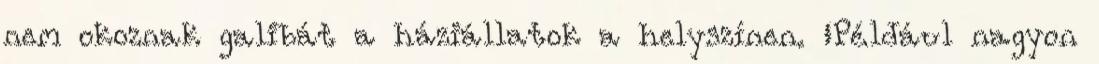
nem okoznak galibát a háziállatok a helyszínen. „Például nagyon